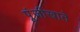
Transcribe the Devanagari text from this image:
पूंजीखाते